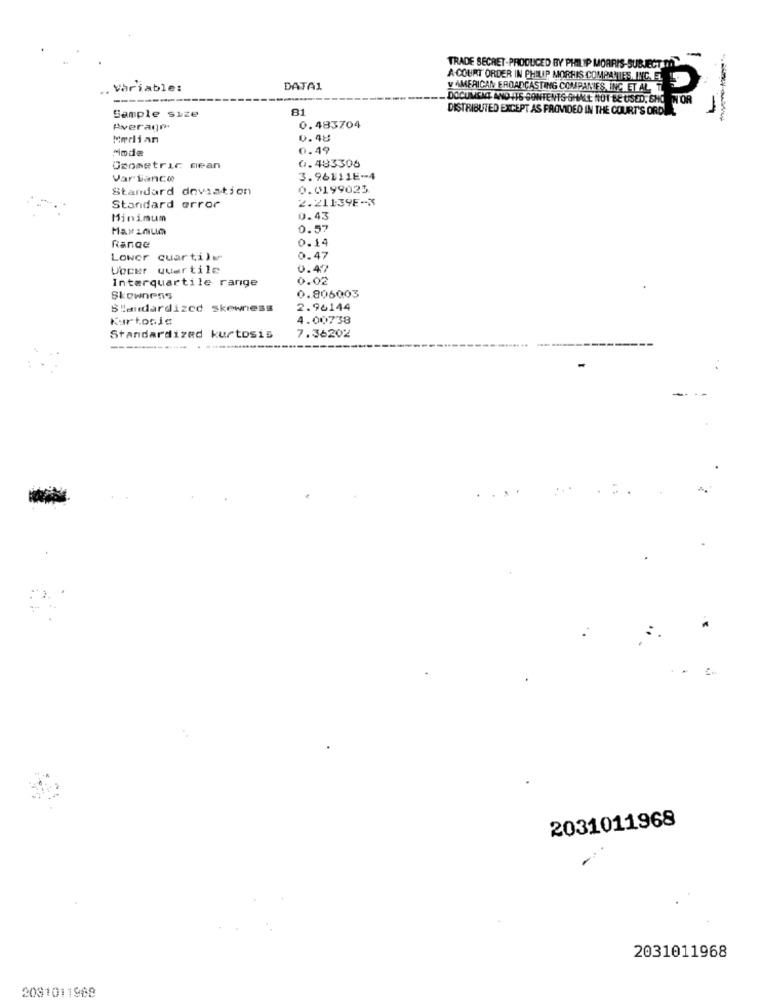
--
TRADE SECRET-PRODUCED BY PHILIP MORRIS-SUBJECT TO
A-COURT ORDER IN PHILIP MORRIS COMPANIES, INC. EL
.. Variable:
DATA1
V AMERICAN EROADCASTING COMPANIES, ING ET AL, T.
_ DOCUMENT ANDITS CONTENTS SHALL NOT BE USED, SHO
NOR
81
DISTRIBUTED EXCEPT AS PROVIDED IN THE COURT'S ORD
Sample size
Average
0.483704
Median
0.48
Mode
0.49
Osometric mean
6.483306
Var Sance
3.96111E-4
Standard deviation
0.0199025
2.21139E-X
Standard error
Minimum
0.43
0.57
0.14
Range
Lower quartile
0.47
Vocer quartile
0.47
Interquartile range
0.02
0.806003
Skewness
Standardized skewness
2.96144
Kurtosis
4.00738
Standardized kurtosis
7.36202
2031011968
2031011968
2081011988